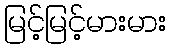
မြင့်မြင့်မားမား